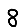
Digit: 8